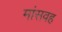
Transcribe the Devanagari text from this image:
मांसवह